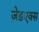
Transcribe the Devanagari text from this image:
ज़ेडएक्स